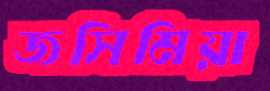
জসিমিয়া